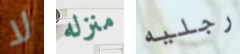
لا منزله رجليه